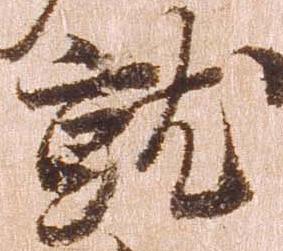
就